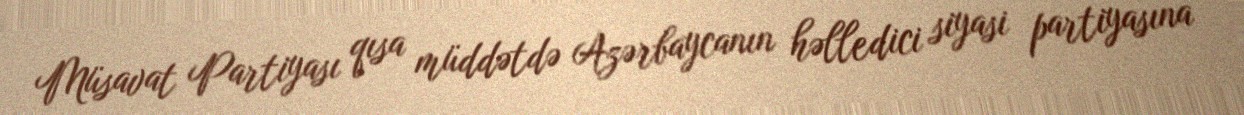
Müsavat Partiyası qısa müddətdə Azərbaycanın həlledici siyasi partiyasına